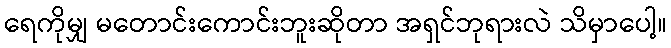
ရေကိုမျှ မတောင်းကောင်းဘူးဆိုတာ အရှင်ဘုရားလဲ သိမှာပေါ့။